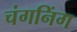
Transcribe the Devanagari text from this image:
चंगनिंग